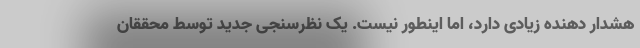
هشدار دهنده زیادی دارد، اما اینطور نیست. یک نظرسنجی جدید توسط محققان